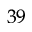
^ { 3 9 }